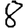
Digit: 8